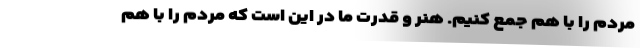
مردم را با هم جمع کنیم. هنر و قدرت ما در این است که مردم را با هم